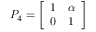
P _ { 4 } = { \left[ \begin{array} { l l } { 1 } & { \alpha } \\ { 0 } & { 1 } \end{array} \right] }